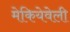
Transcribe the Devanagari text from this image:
मेकियेवेली